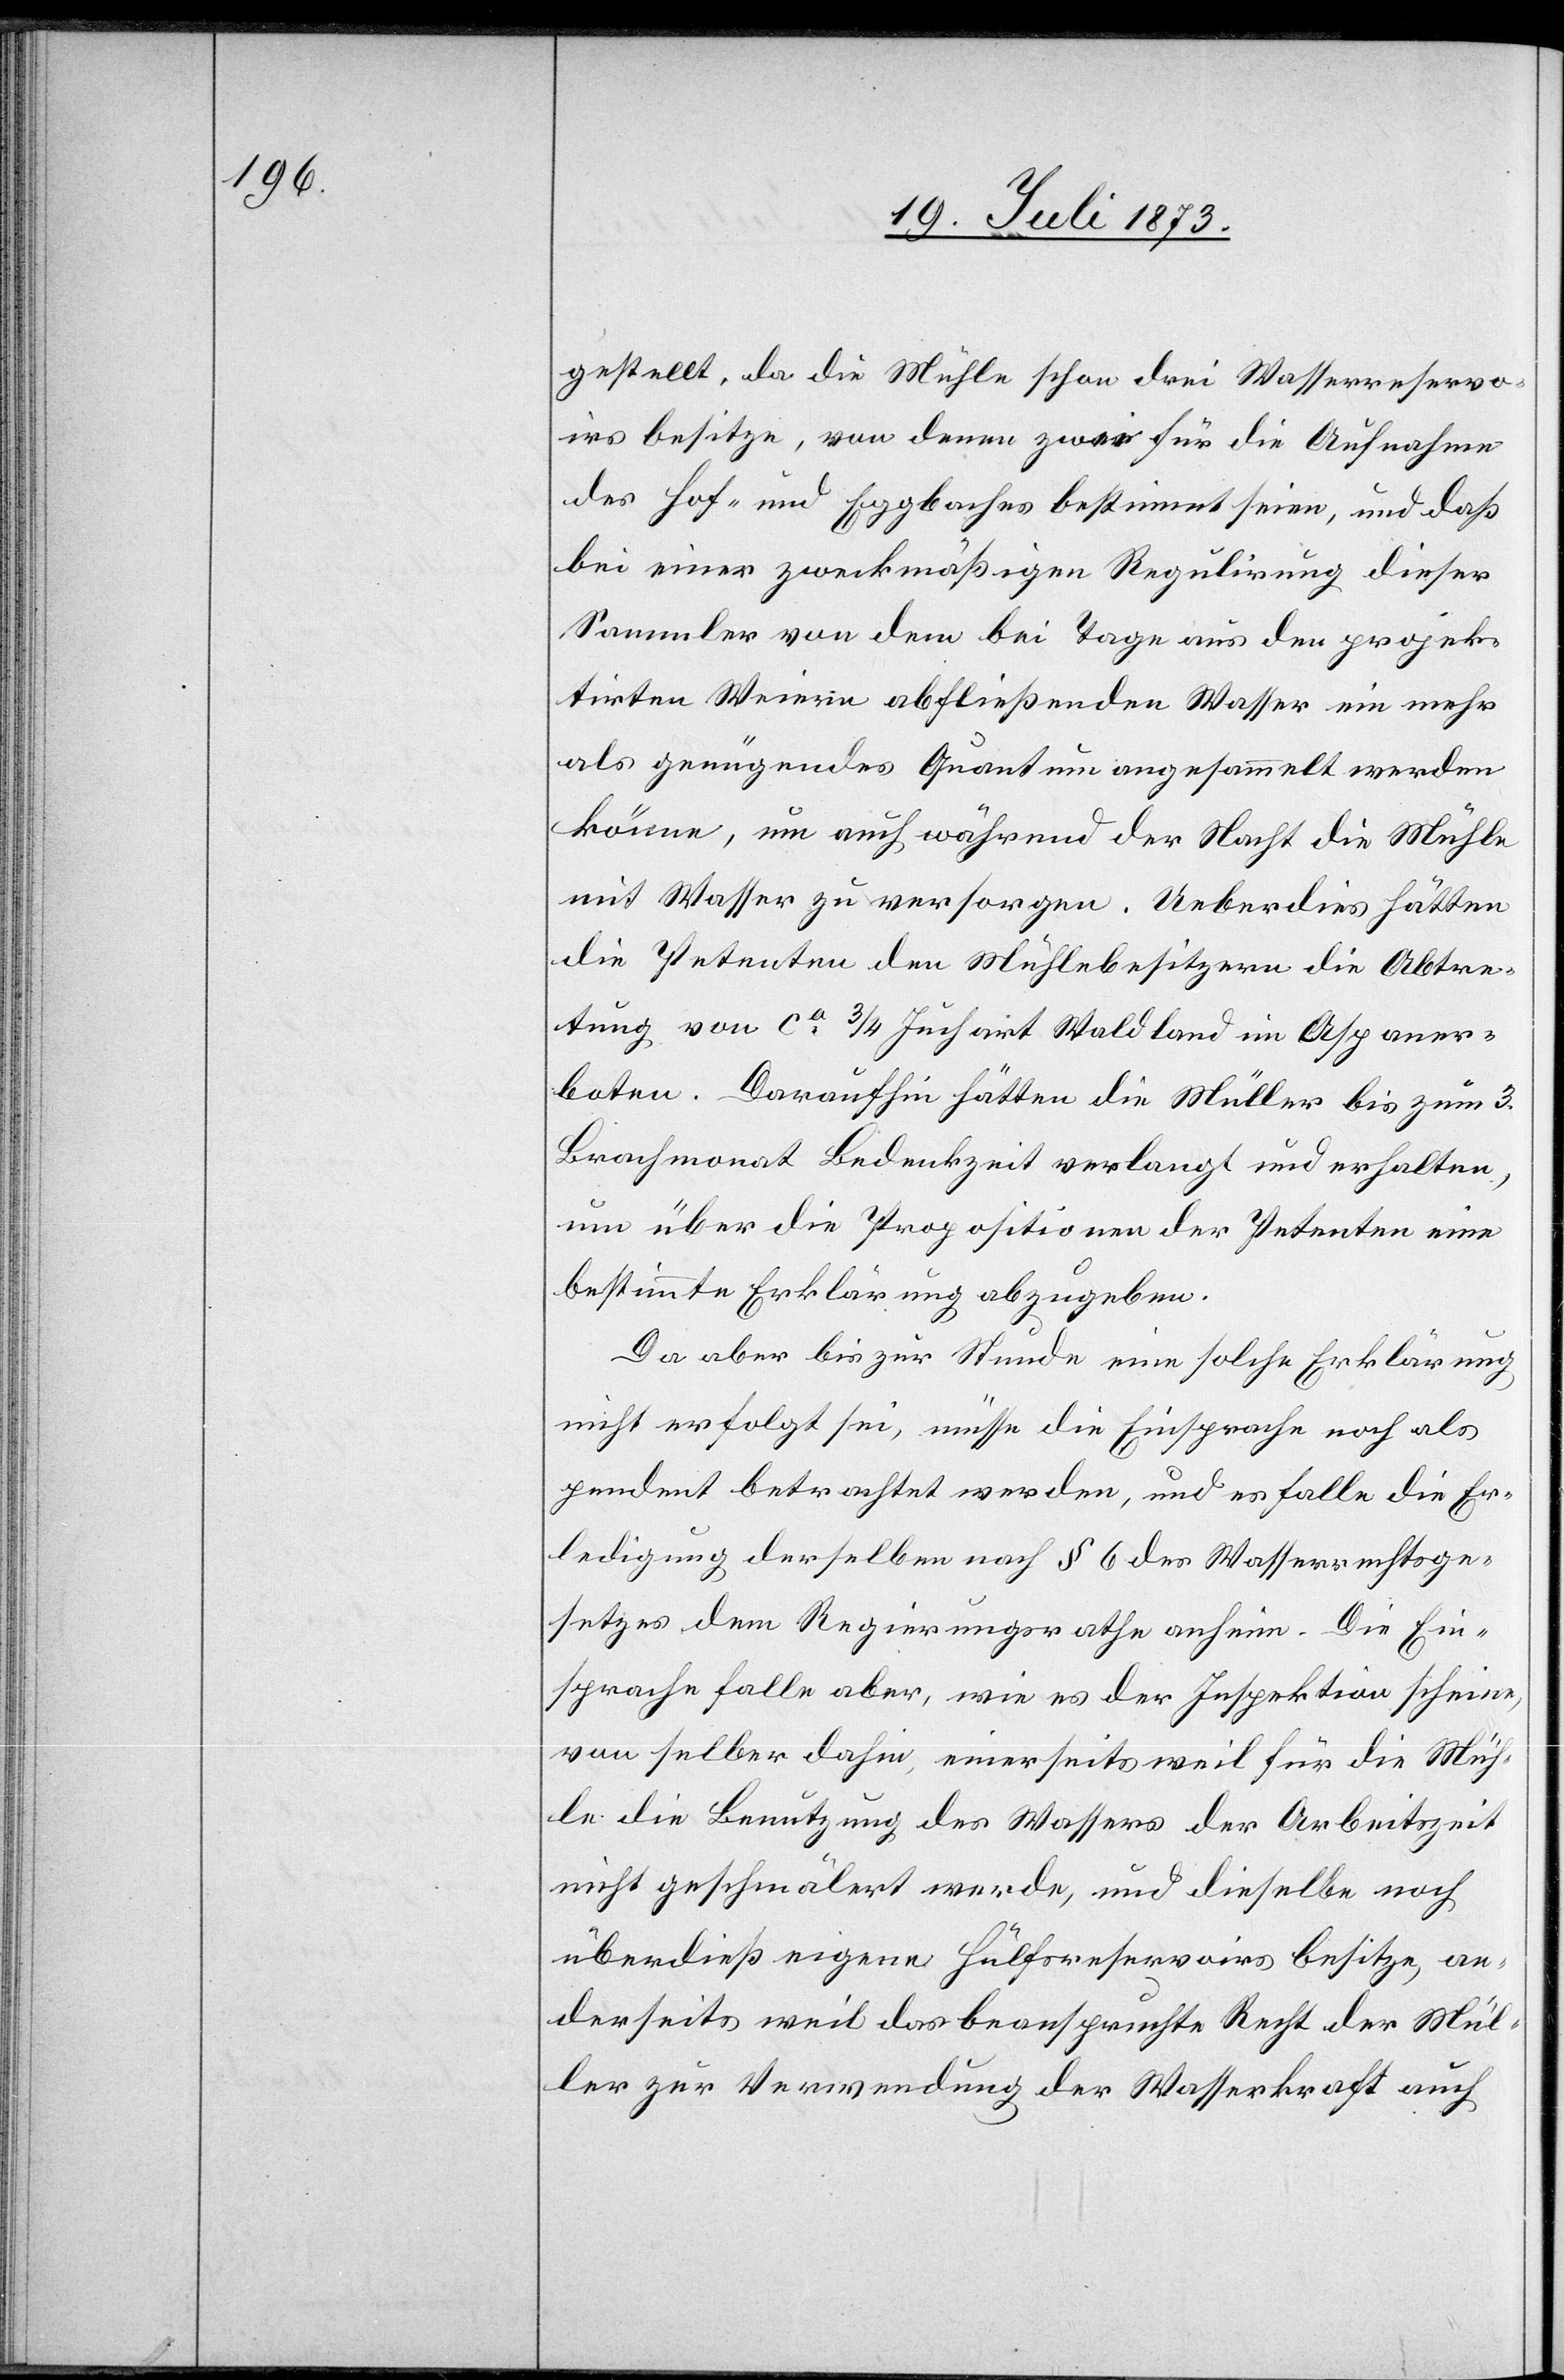
gestellt, da die Mühle schon drei Wasserreservo¬
irs besitze, von denen zwei für die Aufnahme
des Hof- und Eggbaches bestimmt seien, und daß
bei einer zweckmäßigen Regulirung dieser
Sammler von dem bei Tage aus den projek¬
tirten Weiern abfließenden Wasser ein mehr
als genügendes Quantum angesammelt werden
könne, um auch während der Nacht die Mühle
mit Wasser zu versorgen. Ueberdies hätten
die Petenten den Mühlebesitzern die Abtre¬
tung von ca 3/4 Juchart Waldland im Asp aner¬
boten. Daraufhin hätten die Müller bis zum 3.
Brachmonat Bedenkzeit verlangt und erhalten,
um über die Propositionen der Petenten eine
bestimmte Erklärung abzugeben.
Da aber bis zur Stunde eine solche Erklärung
nicht erfolgt sei, müsse die Einsprache noch als
pendent betrachtet werden, und es falle die Er¬
ledigung derselben nach § 6 des Wasserrechtsge¬
setzes dem Regierungsrathe anheim. Die Ein¬
sprache falle aber, wie es der Inspektion scheine,
von selber dahin, einerseits weil für die Müh¬
le die Benutzung des Wassers der Arbeitszeit
nicht geschmälert werde, und dieselbe noch
überdieß eigene Hülfsreservoirs besitze, an¬
derseits weil das beanspruchte Recht der Mül¬
ler zur Verwendung der Wasserkraft auch